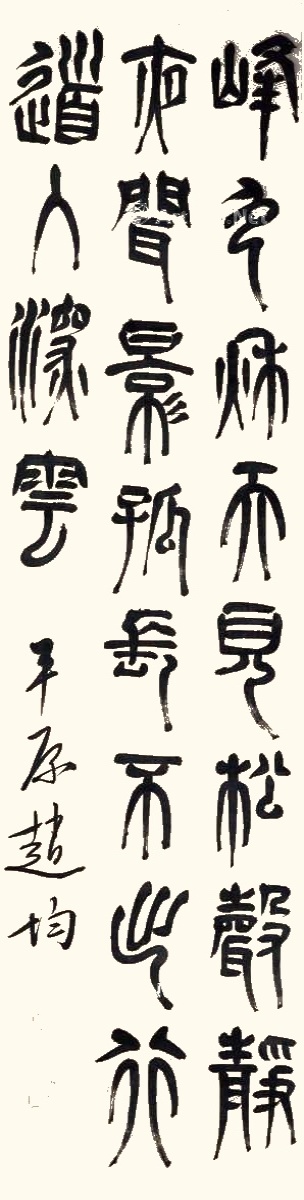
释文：峰色秋天见，松声静夜闻。影孤长不出，行道入深云。平原赵均。